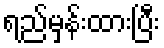
ရည်မှန်းထားပြီး